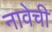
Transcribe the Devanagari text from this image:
नावेची